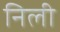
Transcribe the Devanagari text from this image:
निली